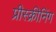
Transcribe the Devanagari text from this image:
प्रीस्क्रीनिंग